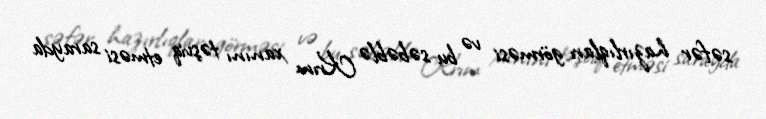
səfər hazırlıqları görməsi və bu səbəblə Krım xanını təşviq etməsi sarayda